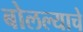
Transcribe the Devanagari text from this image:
बोलल्याचे